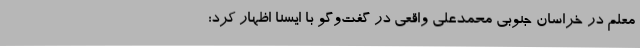
معلم در خراسان جنوبی محمدعلی واقعی در گفت‌وگو با ایسنا اظهار کرد: